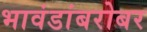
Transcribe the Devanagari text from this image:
भावंडांबरोबर